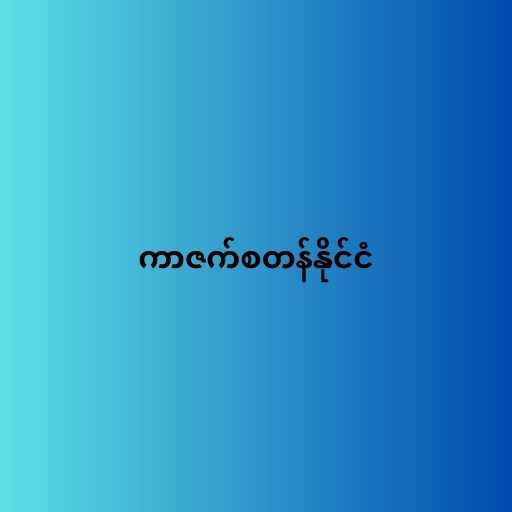
ကာဇက်စတန်နိုင်ငံ